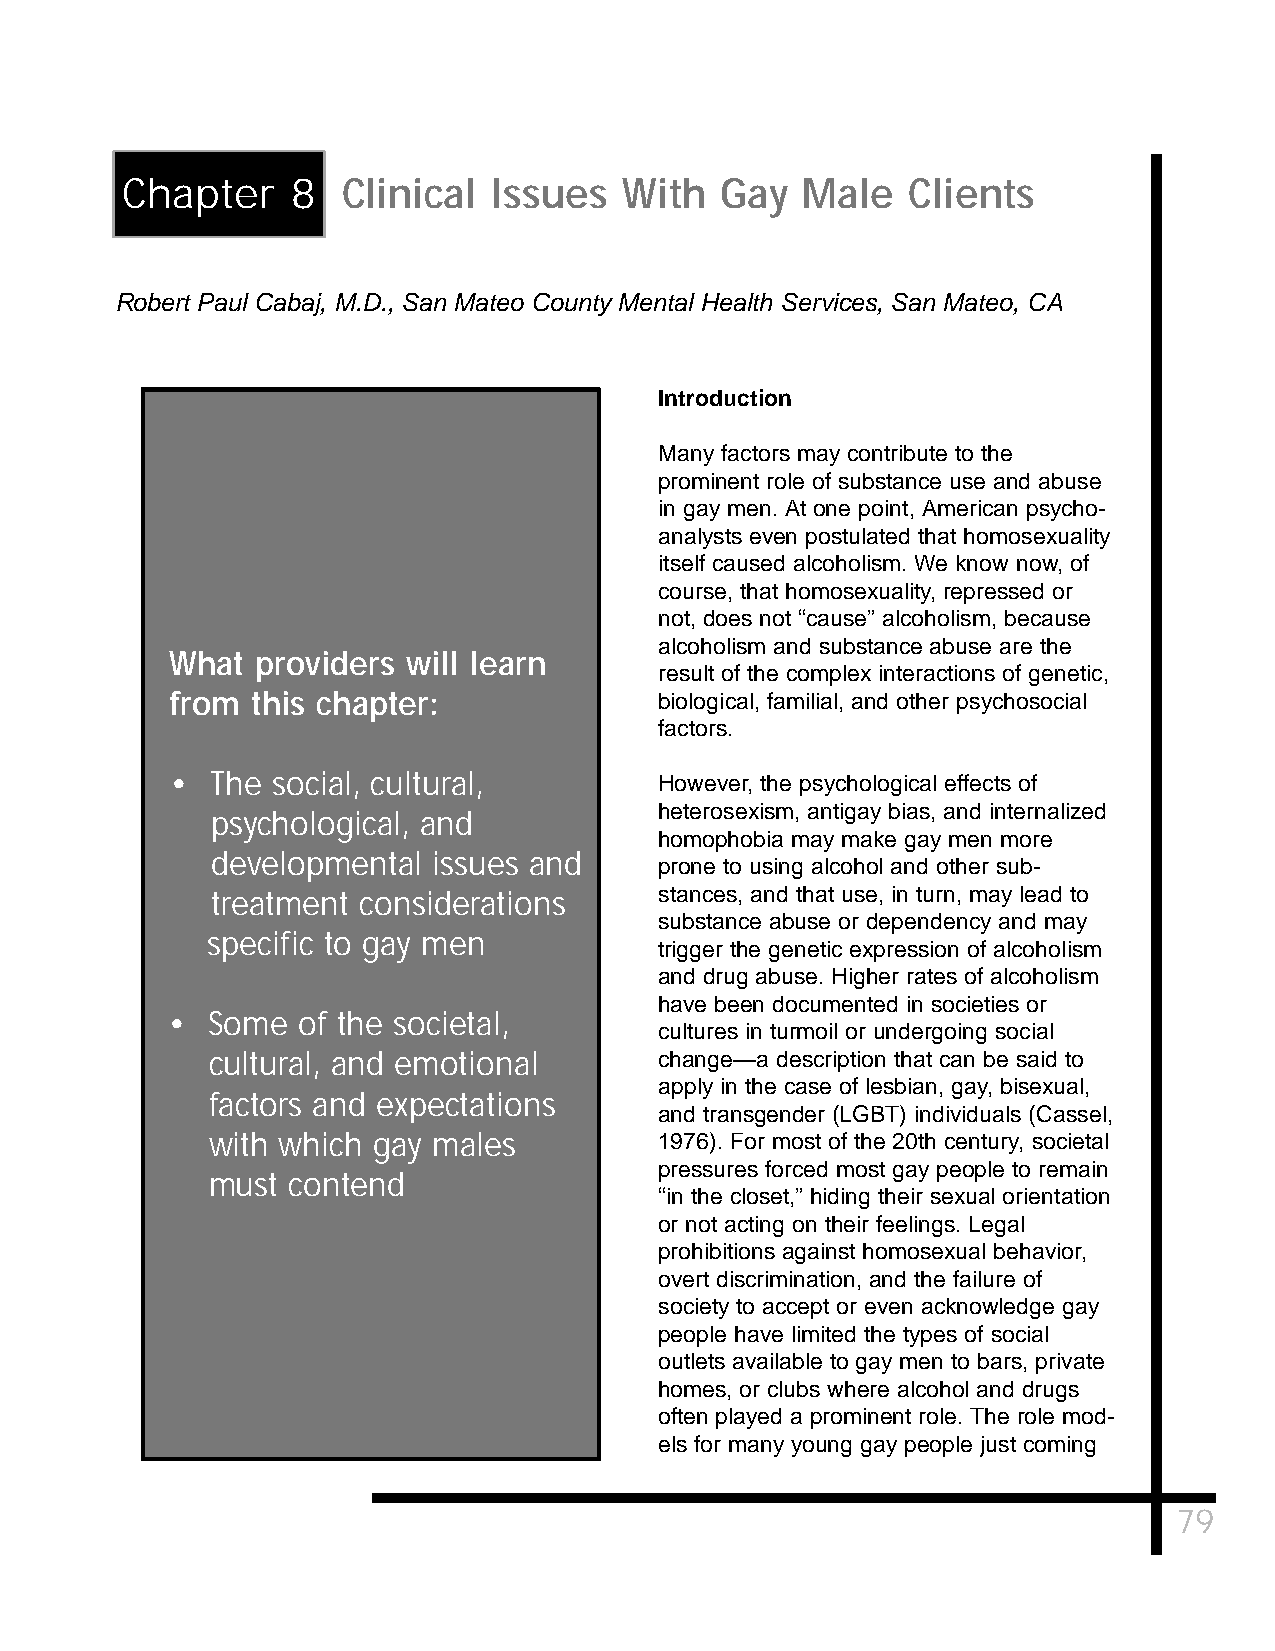
Chapter    8   Clinical  Issues  With   Gay  Male   Clients
 Robert Paul Cabaj, M.D., San Mateo County Mental Health Services, San Mateo, CA
 Introduction
 Many factors may contribute to the
 prominent role of substance use and abuse
 in gay men. At one point, American psycho-
 analysts even postulated that homosexuality
 itself caused alcoholism. We know now, of
 course, that homosexuality, repressed or
 not, does not “cause” alcoholism, because
 alcoholism and substance abuse are the
 What  providers will learn
 result of the complex interactions of genetic,
 from  this chapter:              biological, familial, and other psychosocial
 factors.
 •  The social, cultural,         However, the psychological effects of
 heterosexism, antigay bias, and internalized
 psychological, and
 homophobia may make gay men more
 developmental  issues and
 prone to using alcohol and other sub-
 treatment considerations      stances, and that use, in turn, may lead to
 substance abuse or dependency and may
 specific to gay men
 trigger the genetic expression of alcoholism
 and drug abuse. Higher rates of alcoholism
 have been documented in societies or
 •  Some  of the societal,
 cultures in turmoil or undergoing social
 cultural, and emotional       change—a description that can be said to
 apply in the case of lesbian, gay, bisexual,
 factors and expectations
 and transgender (LGBT) individuals (Cassel,
 with which gay males          1976). For most of the 20th century, societal
 pressures forced most gay people to remain
 must contend
 “in the closet,” hiding their sexual orientation
 or not acting on their feelings. Legal
 prohibitions against homosexual behavior,
 overt discrimination, and the failure of
 society to accept or even acknowledge gay
 people have limited the types of social
 outlets available to gay men to bars, private
 homes, or clubs where alcohol and drugs
 often played a prominent role. The role mod-
 els for many young gay people just coming
 79